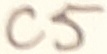
Text: C5